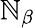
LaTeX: \mathbb{N}_{\beta}